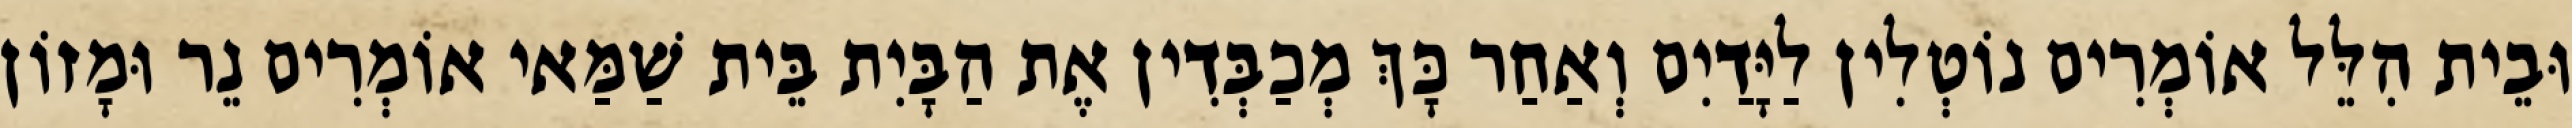
וּבֵית הִלֵּל אוֹמְרִים נוֹטְלִין לַיָּדַיִם וְאַחַר כָּךְ מְכַבְּדִין אֶת הַבָּיִת בֵּית שַׁמַּאי אוֹמְרִים נֵר וּמָזוֹן